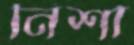
নিশা